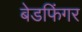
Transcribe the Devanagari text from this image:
बेडफिंगर